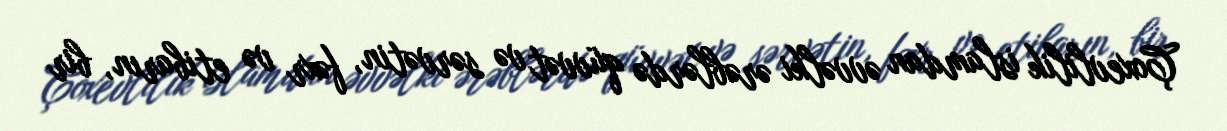
Çoxevlilik islamdan əvvəlki ərəblərdə qüvvət və sərvətin, fəxr və etibarın, bir